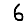
Digit: 6